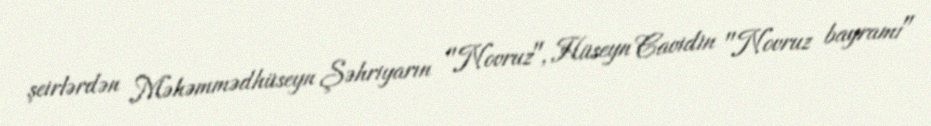
şeirlərdən Məhəmmədhüseyn Şəhriyarın "Novruz", Hüseyn Cavidin "Novruz bayramı"